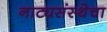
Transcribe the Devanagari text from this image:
नाट्यसंस्थेचा